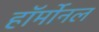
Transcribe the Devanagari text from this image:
हॉर्मोनल